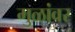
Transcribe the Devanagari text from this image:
मुळांवर